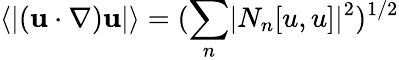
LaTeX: \left\langle\lvert({\mathbf u}\cdot\nabla){\mathbf u}\rvert\right\rangle=(\sum_{n}\lvert N_{n}[u,u]\rvert^{2})^{1/2}